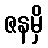
ဇနမှိ